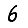
Digit: 6